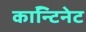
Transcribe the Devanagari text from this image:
काॅन्टिनेट